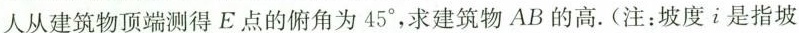
人从建筑物顶端测得E点的俯角为45°，求建筑物AB的高。(注：坡度i是指坡